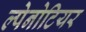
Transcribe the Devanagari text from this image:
ल्पेनोटियर